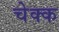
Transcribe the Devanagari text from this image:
चेक्क